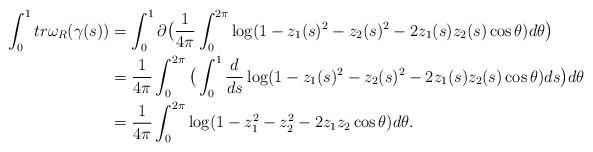
LaTeX: \begin{align*}\int_0^1tr \omega_R(\gamma(s))&=\int_0^1\partial \big(\frac{1}{4\pi}\int_0^{2\pi} \log (1-z_1(s)^2-z_2(s)^2-2z_1(s)z_2(s)\cos\theta)d\theta\big)\\&=\frac{1}{4\pi}\int_0^{2\pi}\big(\int_0^1 \frac{d}{ds}\log (1-z_1(s)^2-z_2(s)^2-2z_1(s)z_2(s)\cos\theta)ds \big)d\theta\\&=\frac{1}{4\pi}\int_0^{2\pi} \log (1-z_1^2-z_2^2-2z_1z_2\cos\theta)d\theta.\end{align*}